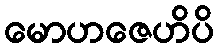
မောဟဇေဟိပိ